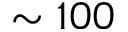
\sim 1 0 0